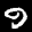
Label: 9